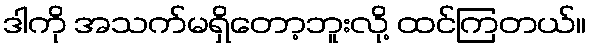
ဒါကို အသက်မရှိတော့ဘူးလို့ ထင်ကြတယ်။